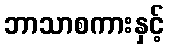
ဘာသာစကားနှင့်